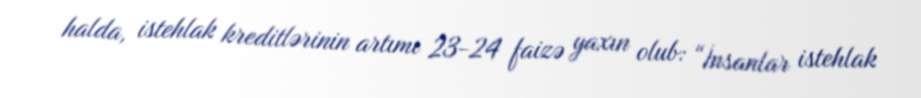
halda, istehlak kreditlərinin artımı 23-24 faizə yaxın olub: “İnsanlar istehlak